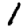
Digit: 1